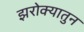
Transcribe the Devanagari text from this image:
झरोक्यातुन